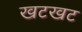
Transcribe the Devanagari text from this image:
खटखट